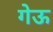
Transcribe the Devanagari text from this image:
गेऊ